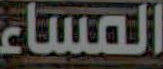
المساء